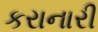
કરાનારી